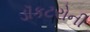
ડૉકટરોની